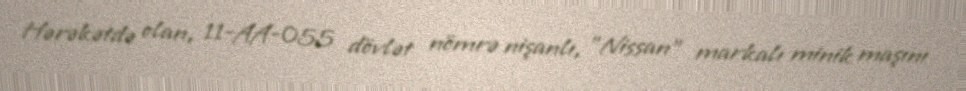
Hərəkətdə olan, 11-AA-055 dövlət nömrə nişanlı, "Nissan" markalı minik maşını